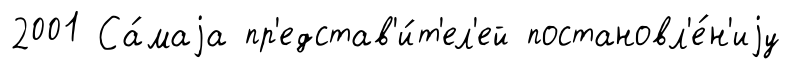
2001 Са́маjа пр'едстав'и́т'ел'ей постановл'е́н'иjу